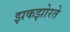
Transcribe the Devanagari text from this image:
झकझोरते